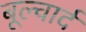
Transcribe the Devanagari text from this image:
बूल्वार्द